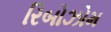
રિબોઝોમ